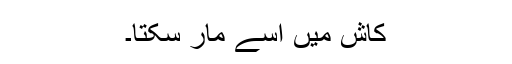
کاش میں اسے مار سکتا۔